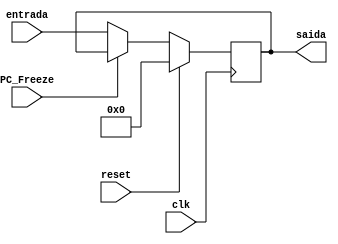
module Pipeline_PC (entrada,saida,clk,reset,PC_Freeze);
  input[31:0]entrada;
  input clk,reset,PC_Freeze;
  output reg[31:0] saida;

  always @ (posedge clk) begin //or reset
    if(reset)begin
      saida <= 32'b0;
    end
    else begin
      saida = (PC_Freeze == 0) ? entrada : saida;
    end
  end

endmodule //Pipeline_PC